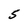
Character: S